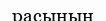
расының